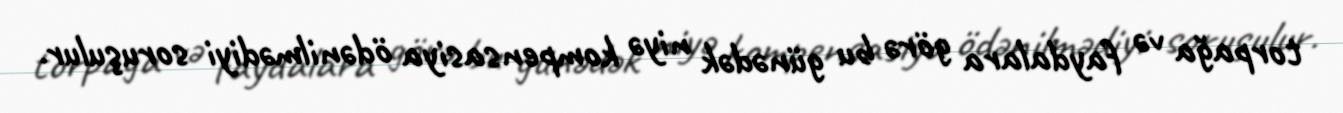
torpağa və faydalara görə bu günədək niyə kompensasiya ödənilmədiyi soruşulur.